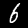
Label: 6